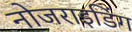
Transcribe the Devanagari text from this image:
नोजराइडिंग